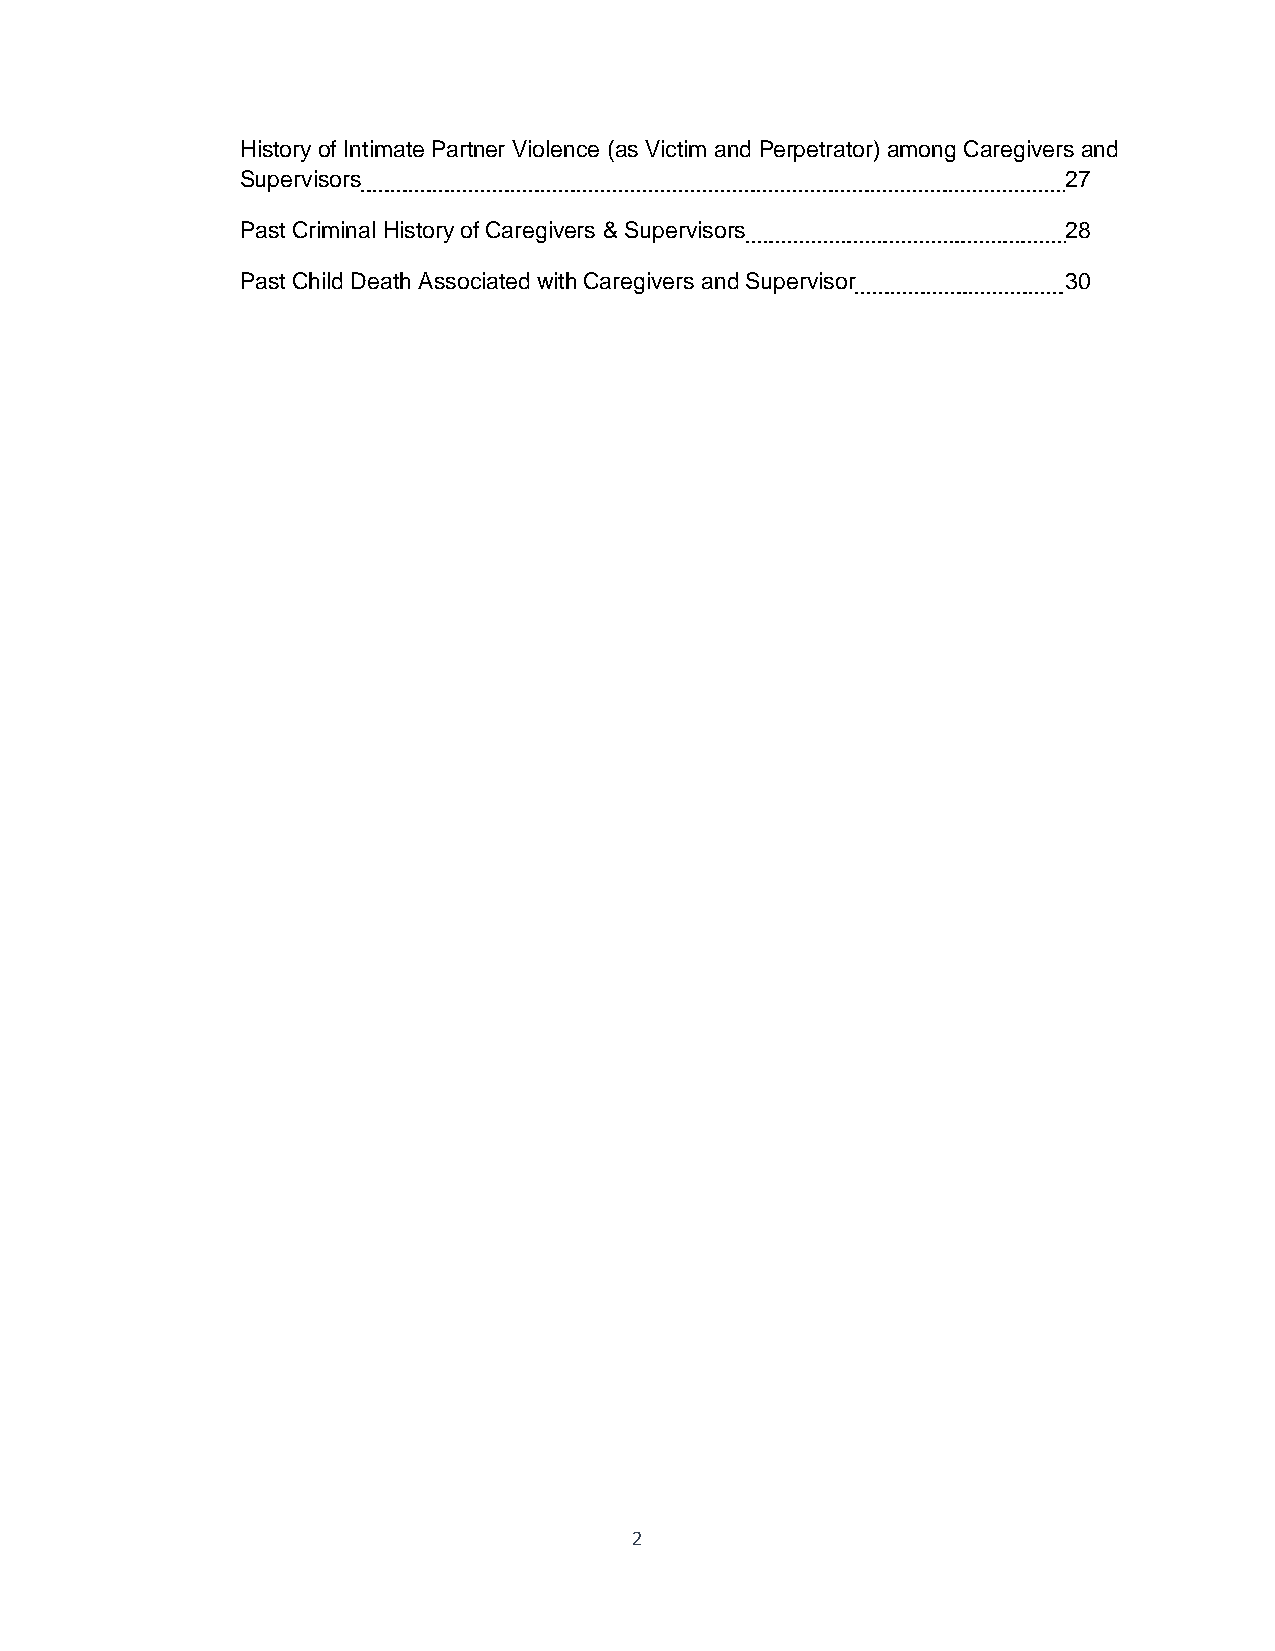
History of Intimate Partner Violence (as Victim and Perpetrator) among Caregivers and
 Supervisors                                            27
 Past Criminal History of Caregivers & Supervisors      28
 Past Child Death Associated with Caregivers and Supervisor 30
 2